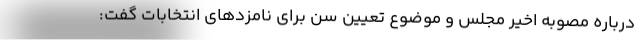
درباره مصوبه اخیر مجلس و موضوع تعیین سن برای نامزدهای انتخابات گفت: